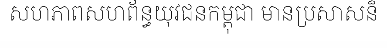
សហភាពសហព័ន្ធយុវជនកម្ពុជា មានប្រសាសន៏